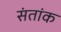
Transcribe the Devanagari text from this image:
संतांक